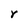
Character: r